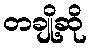
တချို့ဆို